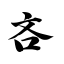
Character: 吝